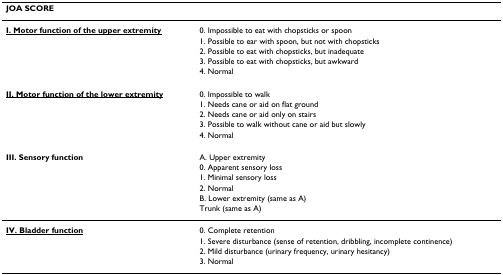
| JOA SCORE |  |
 | --- | --- |
 | <underline>I. Motor function of the upper extremity</underline> | 0. Impossible to eat with chopsticks or spoon |
 |  | 1. Possible to ear with spoon, but not with chopsticks |
 |  | 2. Possible to eat with chopsticks, but inadequate |
 |  | 3. Possible to eat with chopsticks, but awkward |
 |  | 4. Normal |
 | <underline>II. Motor function of the lower extremity</underline> | 0. Impossible to walk |
 |  | 1. Needs cane or aid on flat ground |
 |  | 2. Needs cane or aid only on stairs |
 |  | 3. Possible to walk without cane or aid but slowly |
 |  | 4. Normal |
 | III. Sensory function | A. Upper extremity |
 |  | 0. Apparent sensory loss |
 |  | 1. Minimal sensory loss |
 |  | 2. Normal |
 |  | B. Lower extremity (same as A) |
 |  | Trunk (same as A) |
 | <underline>IV. Bladder function</underline> | 0. Complete retention |
 |  | 1. Severe disturbance (sense of retention, dribbling, incomplete continence) |
 |  | 2. Mild disturbance (urinary frequency, urinary hesitancy) |
 |  | 3. Normal |